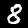
Label: 8